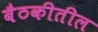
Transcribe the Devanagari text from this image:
बैठकीतील